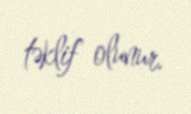
təklif olunur.